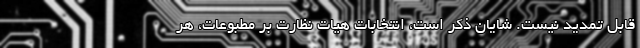
قابل تمدید نیست. شایان ذکر است، انتخابات هیات نظارت بر مطبوعات، هر